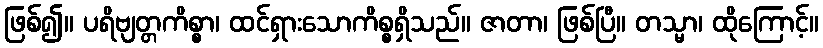
ဖြစ်၍။ ပရိဗျတ္တကိစ္စာ၊ ထင်ရှားသောကိစ္စရှိသည်။ ဇာတာ၊ ဖြစ်ပြီ။ တသ္မာ၊ ထိုကြောင့်။